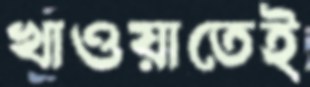
খাওয়াতেই